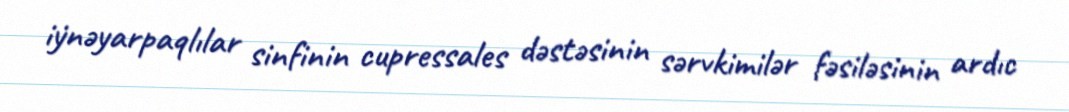
i̇ynəyarpaqlılar sinfinin cupressales dəstəsinin sərvkimilər fəsiləsinin ardıc